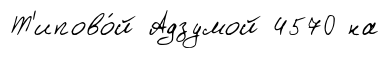
Т'ипово́й Адзумой 4570 на